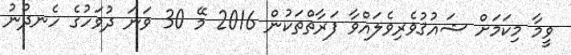
ވީމާ މިކަމަށް ޝައުޤުވެރިވެލައްވާ ފަރާތްތަކުން 2016 މޭ 30 ވަނަ ދުވަހުގެ ހެނދުނު